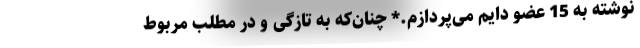
نوشته به 15 عضو دایم می‌پردازم.* چنان‌که به تازگی و در مطلب مربوط